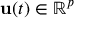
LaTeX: \mathbf { u } ( t ) \in \mathbb { R } ^ { p }